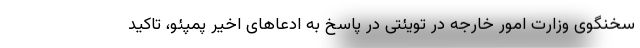
سخنگوی وزارت امور خارجه در تویئتی در پاسخ به ادعاهای اخیر پمپئو، تاکید